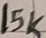
Text: 15K